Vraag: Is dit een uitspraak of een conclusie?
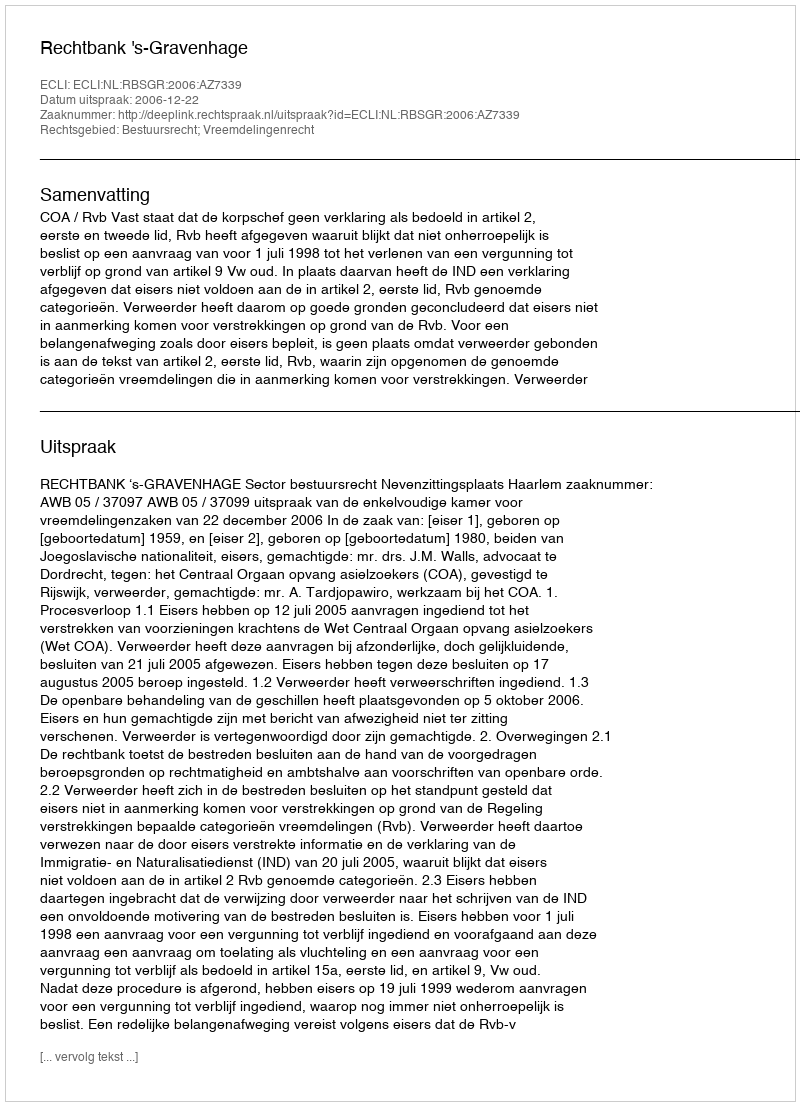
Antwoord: Uitspraak